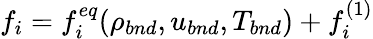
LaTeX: \begin{array}{r}{f_{i}=f_{i}^{eq}(\rho_{bnd},u_{bnd},T_{bnd})+f_{i}^{(1)}}\end{array}